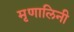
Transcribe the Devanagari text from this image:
मृृणालिनी